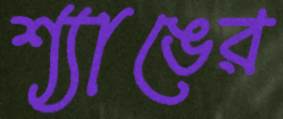
শ্যাঙের